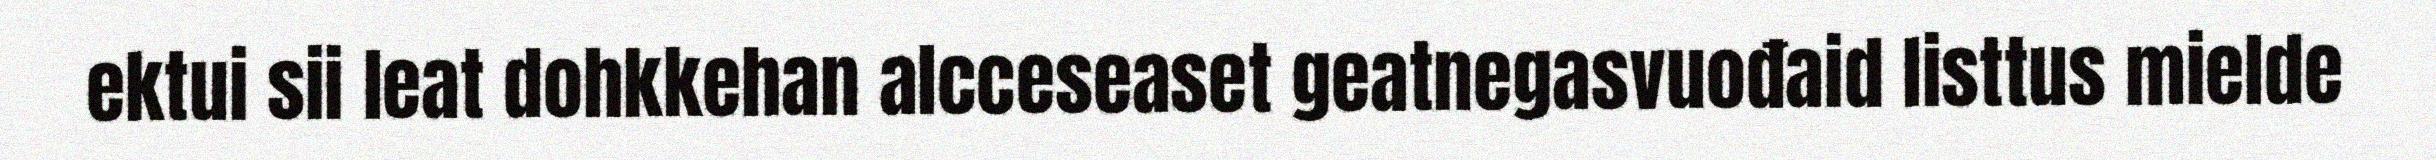
ektui sii leat dohkkehan alcceseaset geatnegasvuođaid listtus mielde